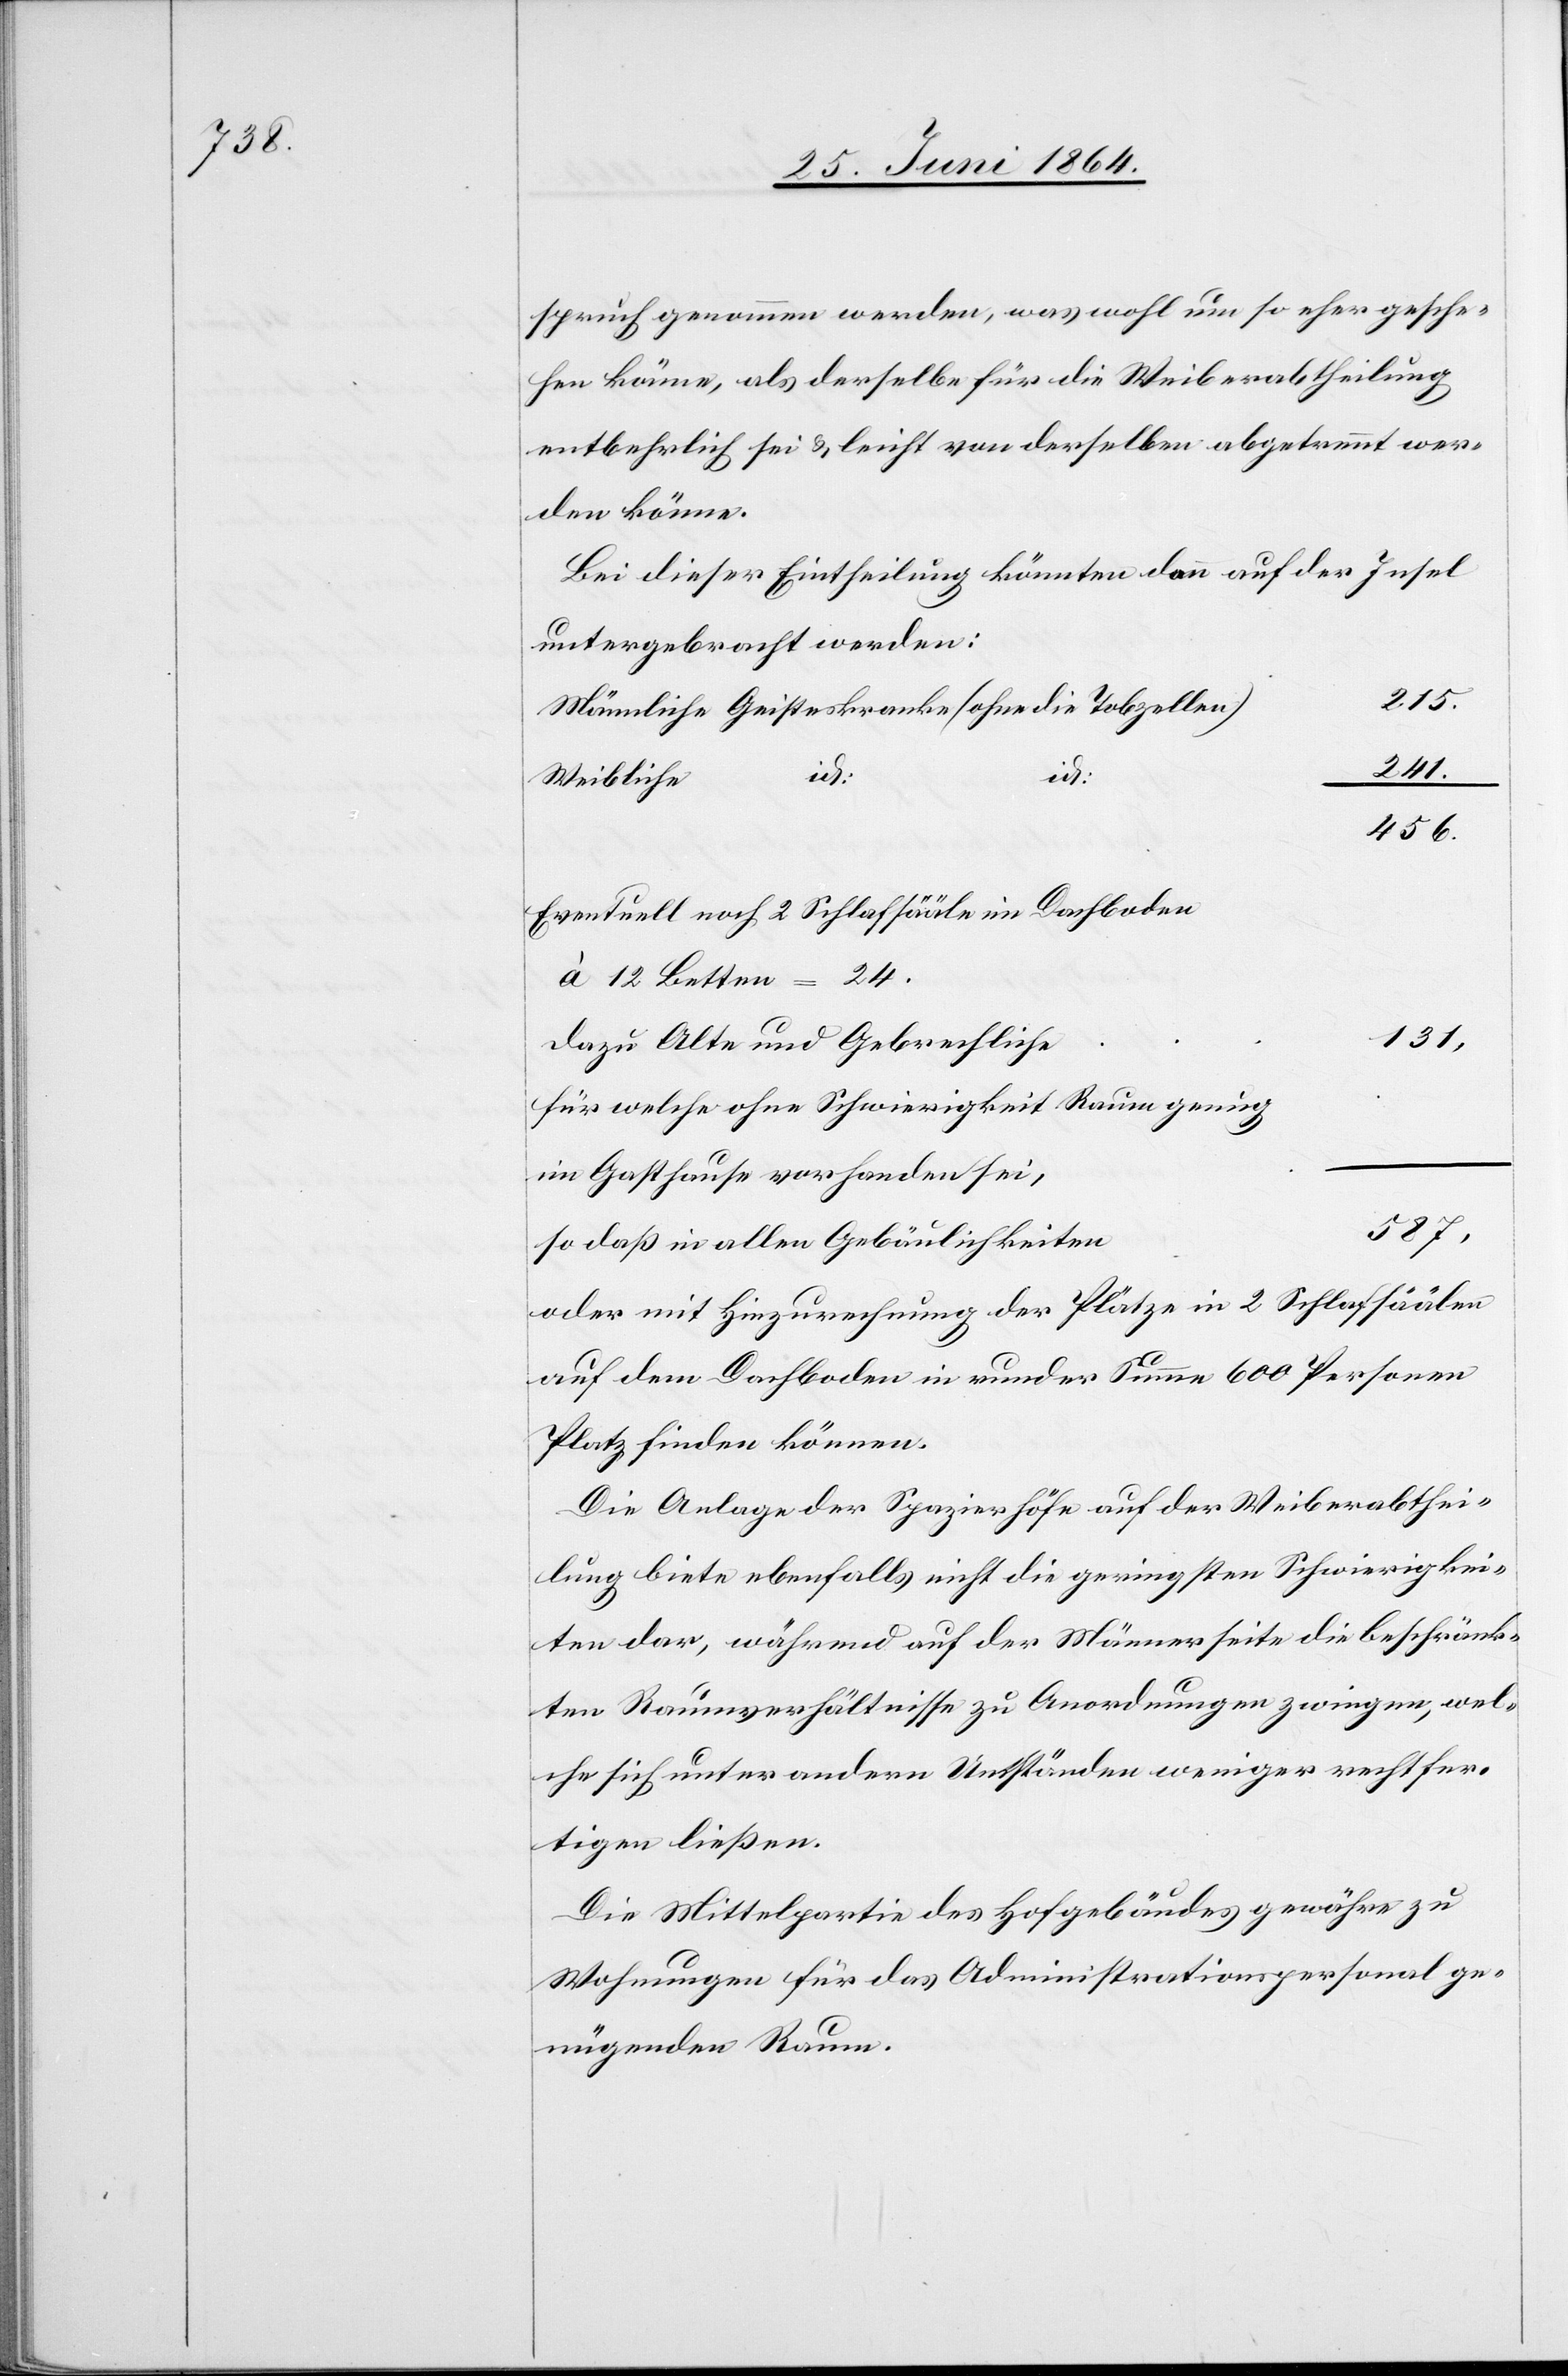
Spruch genommen werden, was wohl um so eher gesche¬
hen könne, als derselbe für die Weiberabtheilung
entbehrlich sei u. leicht von derselben abgetrennt wer¬
den könne.
Bei dieser Eintheilung könnten dann auf der Insel
untergebracht werden:
Männliche Geisteskranke (ohne die Tobzellen)	215.
e			131,
456.
Eventuell noch 2 Schlafsääle im Dachboden
à 12 Betten = 24.
dazu Alte und Gebrechlich¬
für welche ohne Schwierigkeit Raum genug
im Gasthause vorhanden sei,
n			587,
so daß in allen Gebäulichkeite¬
oder mit Hinzurechnung der Plätze in 2 Schlafsäälen
auf dem Dachboden in runder Summe 600 Personen
Platz finden können.
Die Anlage der Spazierhöfe auf der Weiberabthei¬
lung biete ebenfalls nicht die geringsten Schwierigkei¬
ten dar, während auf der Männerseite die beschränk¬
ten Raumverhältnisse zu Anordnungen zwingen, wel¬
che sich unter andern Umständen weniger rechtfer¬
tigen ließen.
Die Mittelpartie des Hofgebäudes gewähre zu
Wohnungen für das Administrationspersonal ge¬
nügenden Raum.